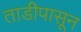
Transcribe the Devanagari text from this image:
ताडीपासून